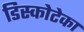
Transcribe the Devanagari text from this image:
डिस्कोटेका